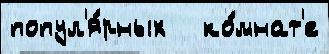
попул'я́рных   ко́мнат'е